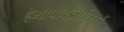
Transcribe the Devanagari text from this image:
हैभाषावैज्ञानिकों